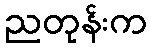
ညတုန်းက